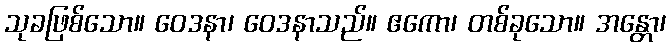
သုခဖြစ်သော။ ဝေဒနာ၊ ဝေဒနာသည်။ ဧကော၊ တစ်ခုသော။ အန္တော၊